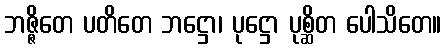
ဘဇ္ဇိတေ ပတိတေ ဘဋ္ဌော၊ ပုဋ္ဌော ပုစ္ဆိတ ပေါသိတေ။